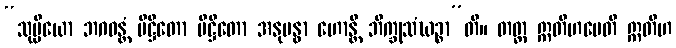
“သုပ္ပိယော ဘဂဝန္တံ ပိဋ္ဌိတော ပိဋ္ဌိတော အနုဗန္ဓာ ဟောန္တိ ဘိက္ခုသံဃဉ္စာ”တိ။ တတ္ထ ဣတိဟမေတိ ဣတိဟ